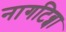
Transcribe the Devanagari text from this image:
नागटिब्बा